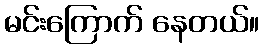
မင်းကြောက် နေတယ်။